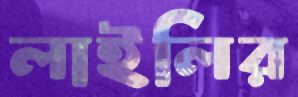
লাইলির